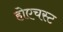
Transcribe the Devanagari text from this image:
होएचस्ट